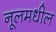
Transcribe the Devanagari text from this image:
नूलमधील